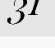
31